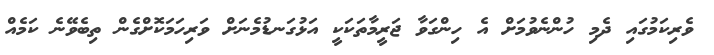
ވެރިކަމުގައި ދެމި ހުންނެވުމަށް އެ ހިންގަވާ ޖަރީމާތަކަކީ އަޅުގަނޑުމެނަށް ވަރިހަމަކޮށްގެން ތިބެވޭނެ ކަމެއް